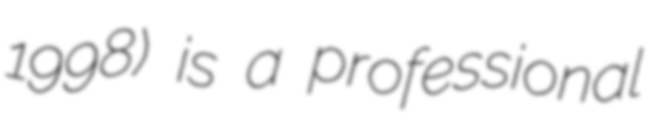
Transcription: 1998) is a professional